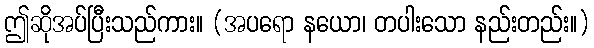
ဤဆိုအပ်ပြီးသည်ကား။ (အပရော နယော၊ တပါးသော နည်းတည်း။)